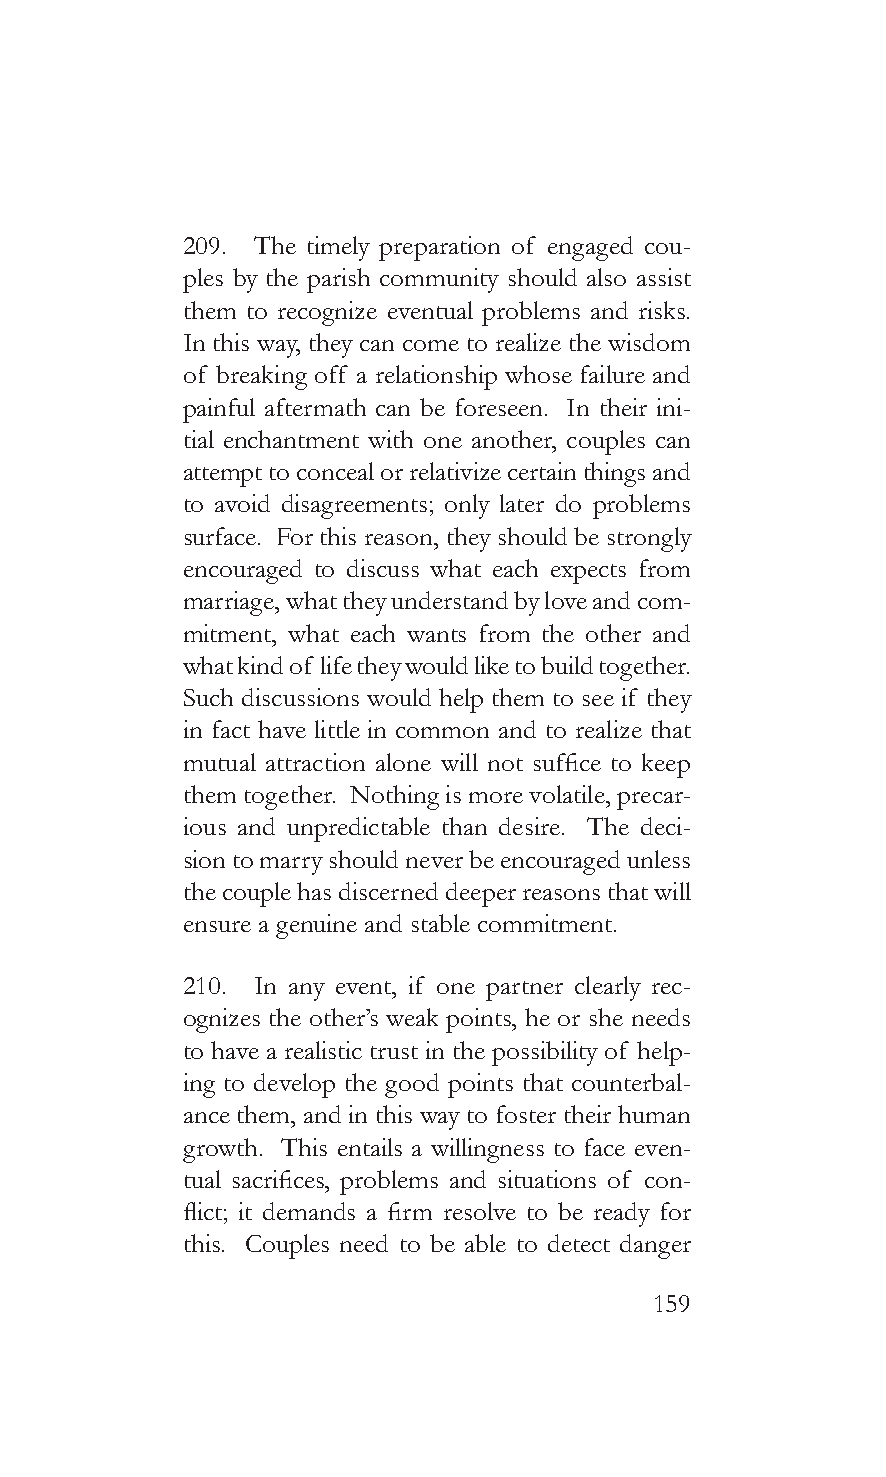
209. The timely preparation of engaged cou-
 ples by the parish community should also assist
 them to recognize eventual problems and risks.
 In this way, they can come to realize the wisdom
 of breaking off a relationship whose failure and
 painful aftermath can be foreseen. In their ini-
 tial enchantment with one another, couples can
 attempt to conceal or relativize certain things and
 to avoid disagreements; only later do problems
 surface. For this reason, they should be strongly
 encouraged to discuss what each expects from
 marriage, what they understand by love and com-
 mitment, what each wants from the other and
 what kind of life they would like to build together.
 Such discussions would help them to see if they
 in fact have little in common and to realize that
 mutual attraction alone will not suffice to keep
 them together. Nothing is more volatile, precar-
 ious and unpredictable than desire. The deci-
 sion to marry should never be encouraged unless
 the couple has discerned deeper reasons that will
 ensure a genuine and stable commitment.
 210. In any event, if one partner clearly rec-
 ognizes the other’s weak points, he or she needs
 to have a realistic trust in the possibility of help-
 ing to develop the good points that counterbal-
 ance them, and in this way to foster their human
 growth. This entails a willingness to face even-
 tual sacrifices, problems and situations of con-
 flict; it demands a firm resolve to be ready for
 this. Couples need to be able to detect danger
 159